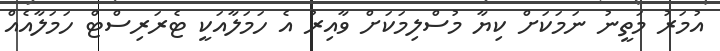
އުމަރު މަތީނު ނަމަކަށް ކިޔާ މުސްލިމަކަށް ވާއިރު އެ ހަމަލާއަކީ ޓެރަރިސްޓް ހަމަލާއެއް